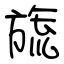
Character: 旒